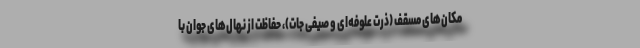
مکان‌های مسقف (ذرت علوفه‌ای و صیفی جات)، حفاظت از نهال‌های جوان با